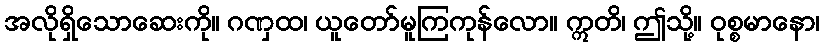
အလိုရှိသောဆေးကို။ ဂဏှထ၊ ယူတော်မူကြကုန်လော။ ဣတိ၊ ဤသို့။ ဝုစ္စမာနော၊